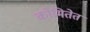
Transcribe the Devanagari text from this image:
कोमितेत